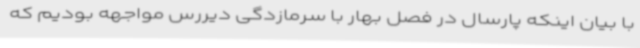
با بیان اینکه پارسال در فصل بهار با سرمازدگی دیررس مواجهه بودیم که